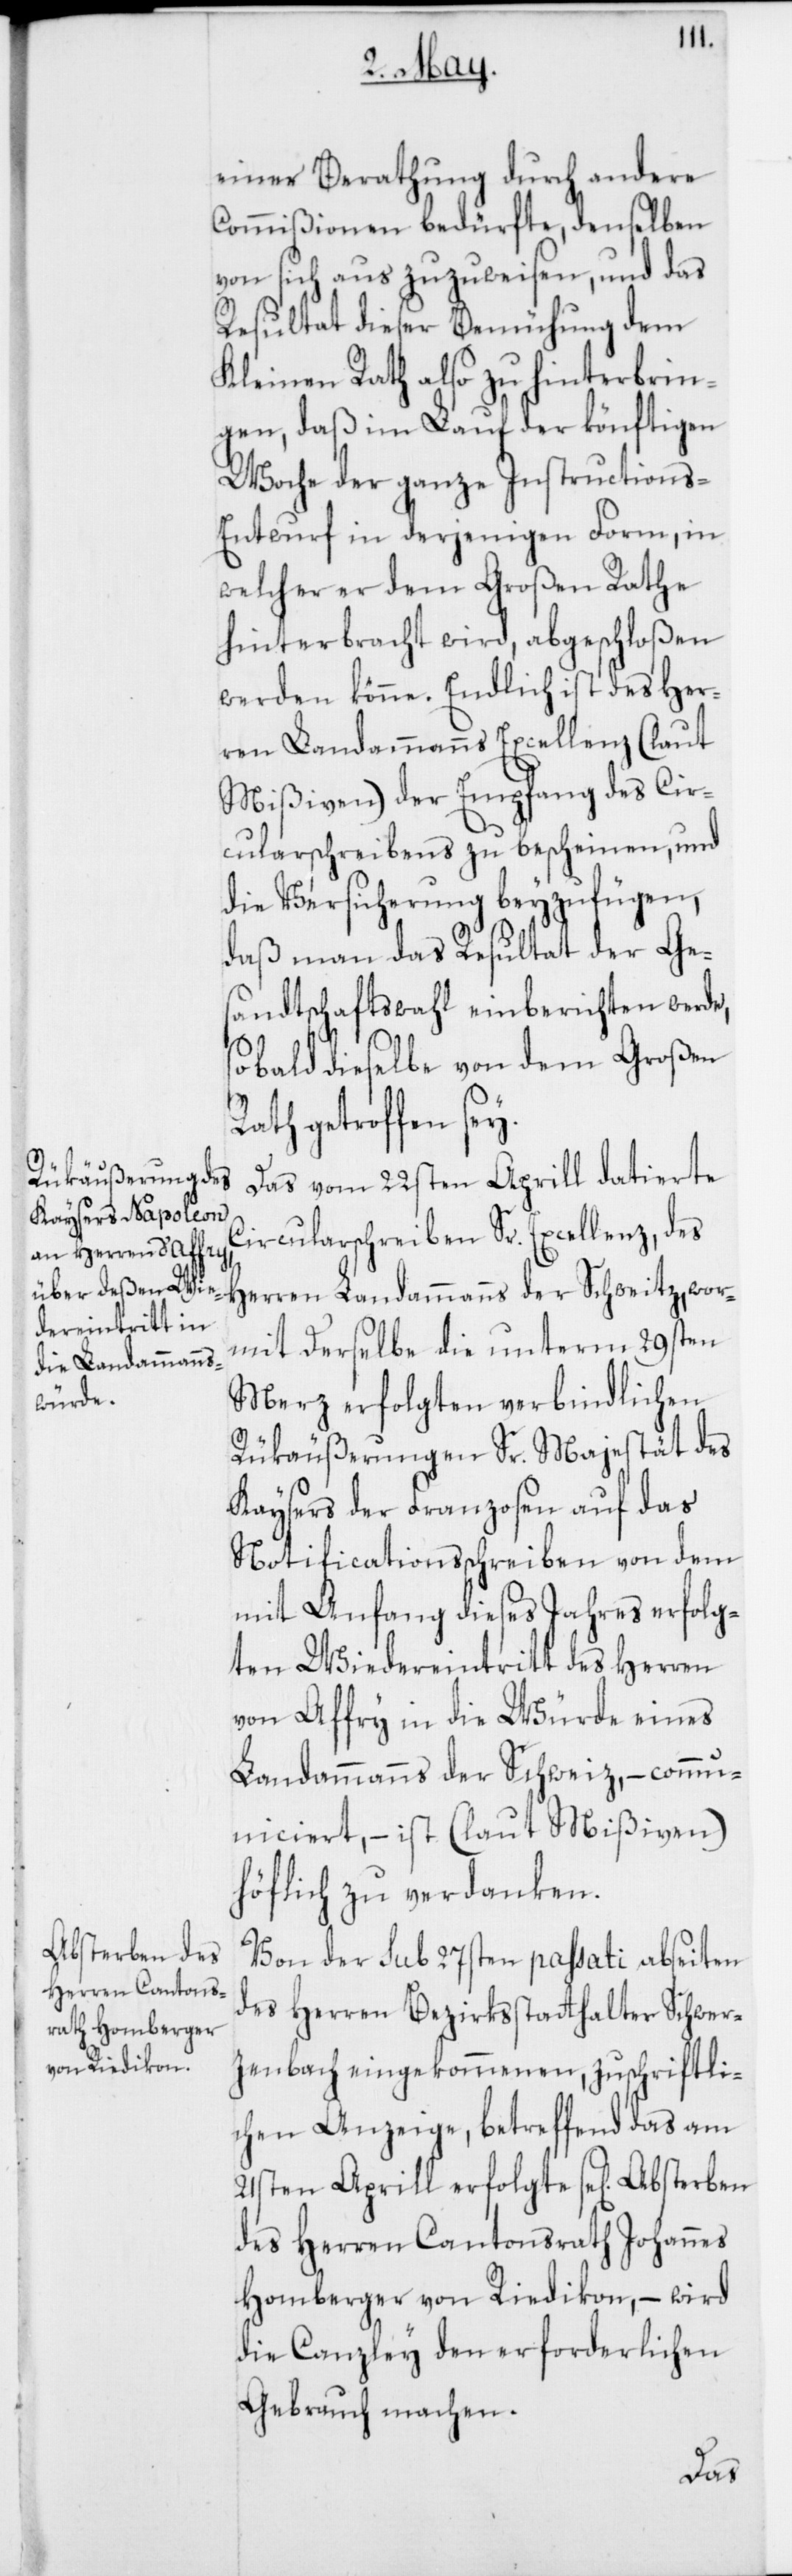
einer Berathung durch andere
Commißionen bedürfte, denselben
von sich aus zuzuweisen und das
Resultat dieser Bemühung dem
Kleinen Rath also zu hinterbrin¬
gen, daß im Lauf der könftigen
Woche der ganze Instructions-E¬
ntwurf in derjenigen Form, in
welcher er dem Großen Rathe
hinterbracht wird, abgeschloßen
werden könne. Endlich ist des Her¬
ren Landammanns Excellenz (laut
Mißiven) der Empfang des Cir¬
cularschreibens zu bescheinen, und
die Versicherung beyzufügen,
daß man das Resultat der Ges¬
andtschaft einberichten werde,
sobald dieselbe von dem Großen
Rath getroffen sey.
Das vom 22sten Aprill datierte
Circularschreiben Sr. Excellenz, des
Herren Landammanns der Schweitz, wor¬
mit Derselbe die unterm 29sten
Merz erfolgten verbindlichen
Rükäußerungen Sr. Majestät des
Kaysers der Franzosen auf das
Notificationsschreiben von dem
mit Anfang dieses Jahres erfolg¬
ten Wiedereintritt des Herren
von Affry in die Würde eines
Landammanns der Schweiz, – comm¬
uniciert, – ist (laut Mißiven)
höflich zu verdanken.
Von der sub 27sten passati abseiten
des Herren Bezirksstatthalter Schwer¬
zenbach eingekommenen, zuschriftli¬
chen Anzeige, betreffend das am
21sten Aprill erfolgte se[lig] Absterben
des Herren Cantonsrath Johannes
Homberger von Riedikon, – wird
die Canzley den erforderlichen
Gebrauch machen.